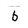
Character: b